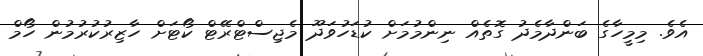
އެވެ. މިމީހާގެ ބަންދާމެދު ގޮތެއް ނިންމުމަށް ކުޑަހުވަދޫ މެޖިސްޓްރޭޓް ކޯޓަށް ހާޒިރުކުރުމުން ހޯމް